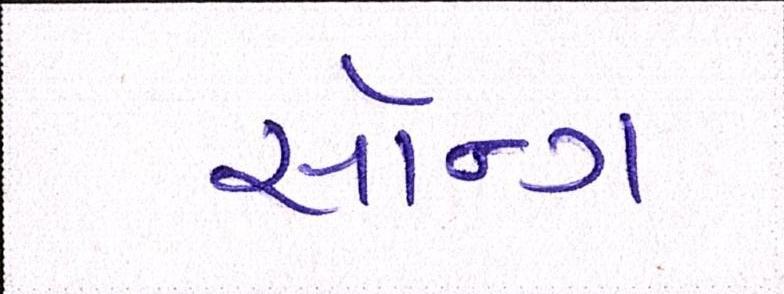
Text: સૉન્ગ